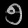
Digit: ၅